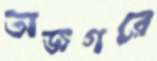
অজগরে